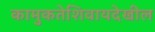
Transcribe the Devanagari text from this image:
कामुकतेशिवायदेखील